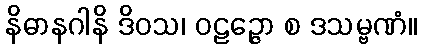
နိဓာနဂါနိ ဒိဝသ၊ ဝဠဉ္ဇော စ ဒသမ္ဗဏံ။